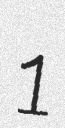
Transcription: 1